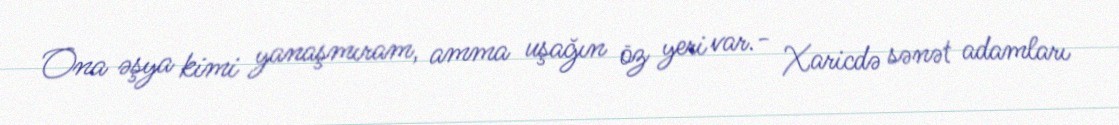
Ona əşya kimi yanaşmıram, amma uşağın öz yeri var.- Xaricdə sənət adamları